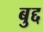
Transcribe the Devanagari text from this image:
बुद्द